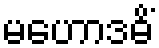
မဟောဒဓိံ